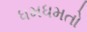
ધમધમતો